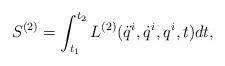
LaTeX: \begin{align*}S^{(2)}=\int^{t_{2}}_{t_{1}}L^{(2)}(\ddot{q}^{i},\dot{q}^{i},q^{i},t)dt,\end{align*}